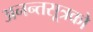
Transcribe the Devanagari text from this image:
अनन्तसूत्रको